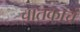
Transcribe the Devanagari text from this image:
चातकाचं